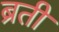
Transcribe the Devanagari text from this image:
ब्रती